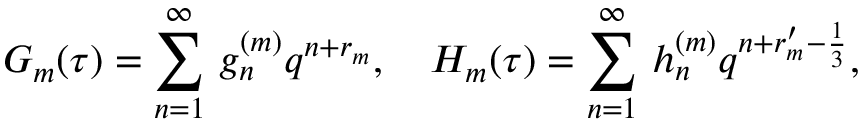
G _ { m } ( \tau ) = \sum _ { n = 1 } ^ { \infty } \, g _ { n } ^ { ( m ) } q ^ { n + r _ { m } } , ~ ~ ~ H _ { m } ( \tau ) = \sum _ { n = 1 } ^ { \infty } \, h _ { n } ^ { ( m ) } q ^ { n + r _ { m } ^ { \prime } - \frac { 1 } { 3 } } ,